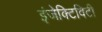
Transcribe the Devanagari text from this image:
इंजेक्टिविटी